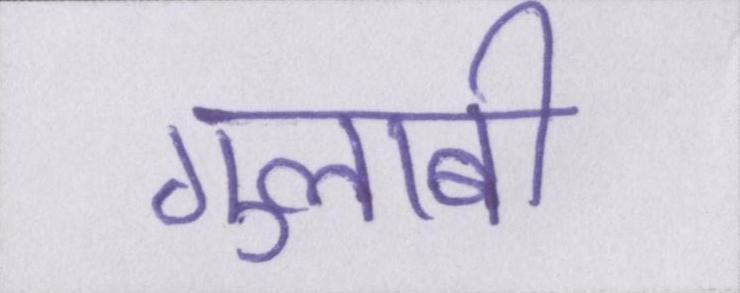
गुलाबी